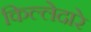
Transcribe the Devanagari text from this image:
किल्लेदारे